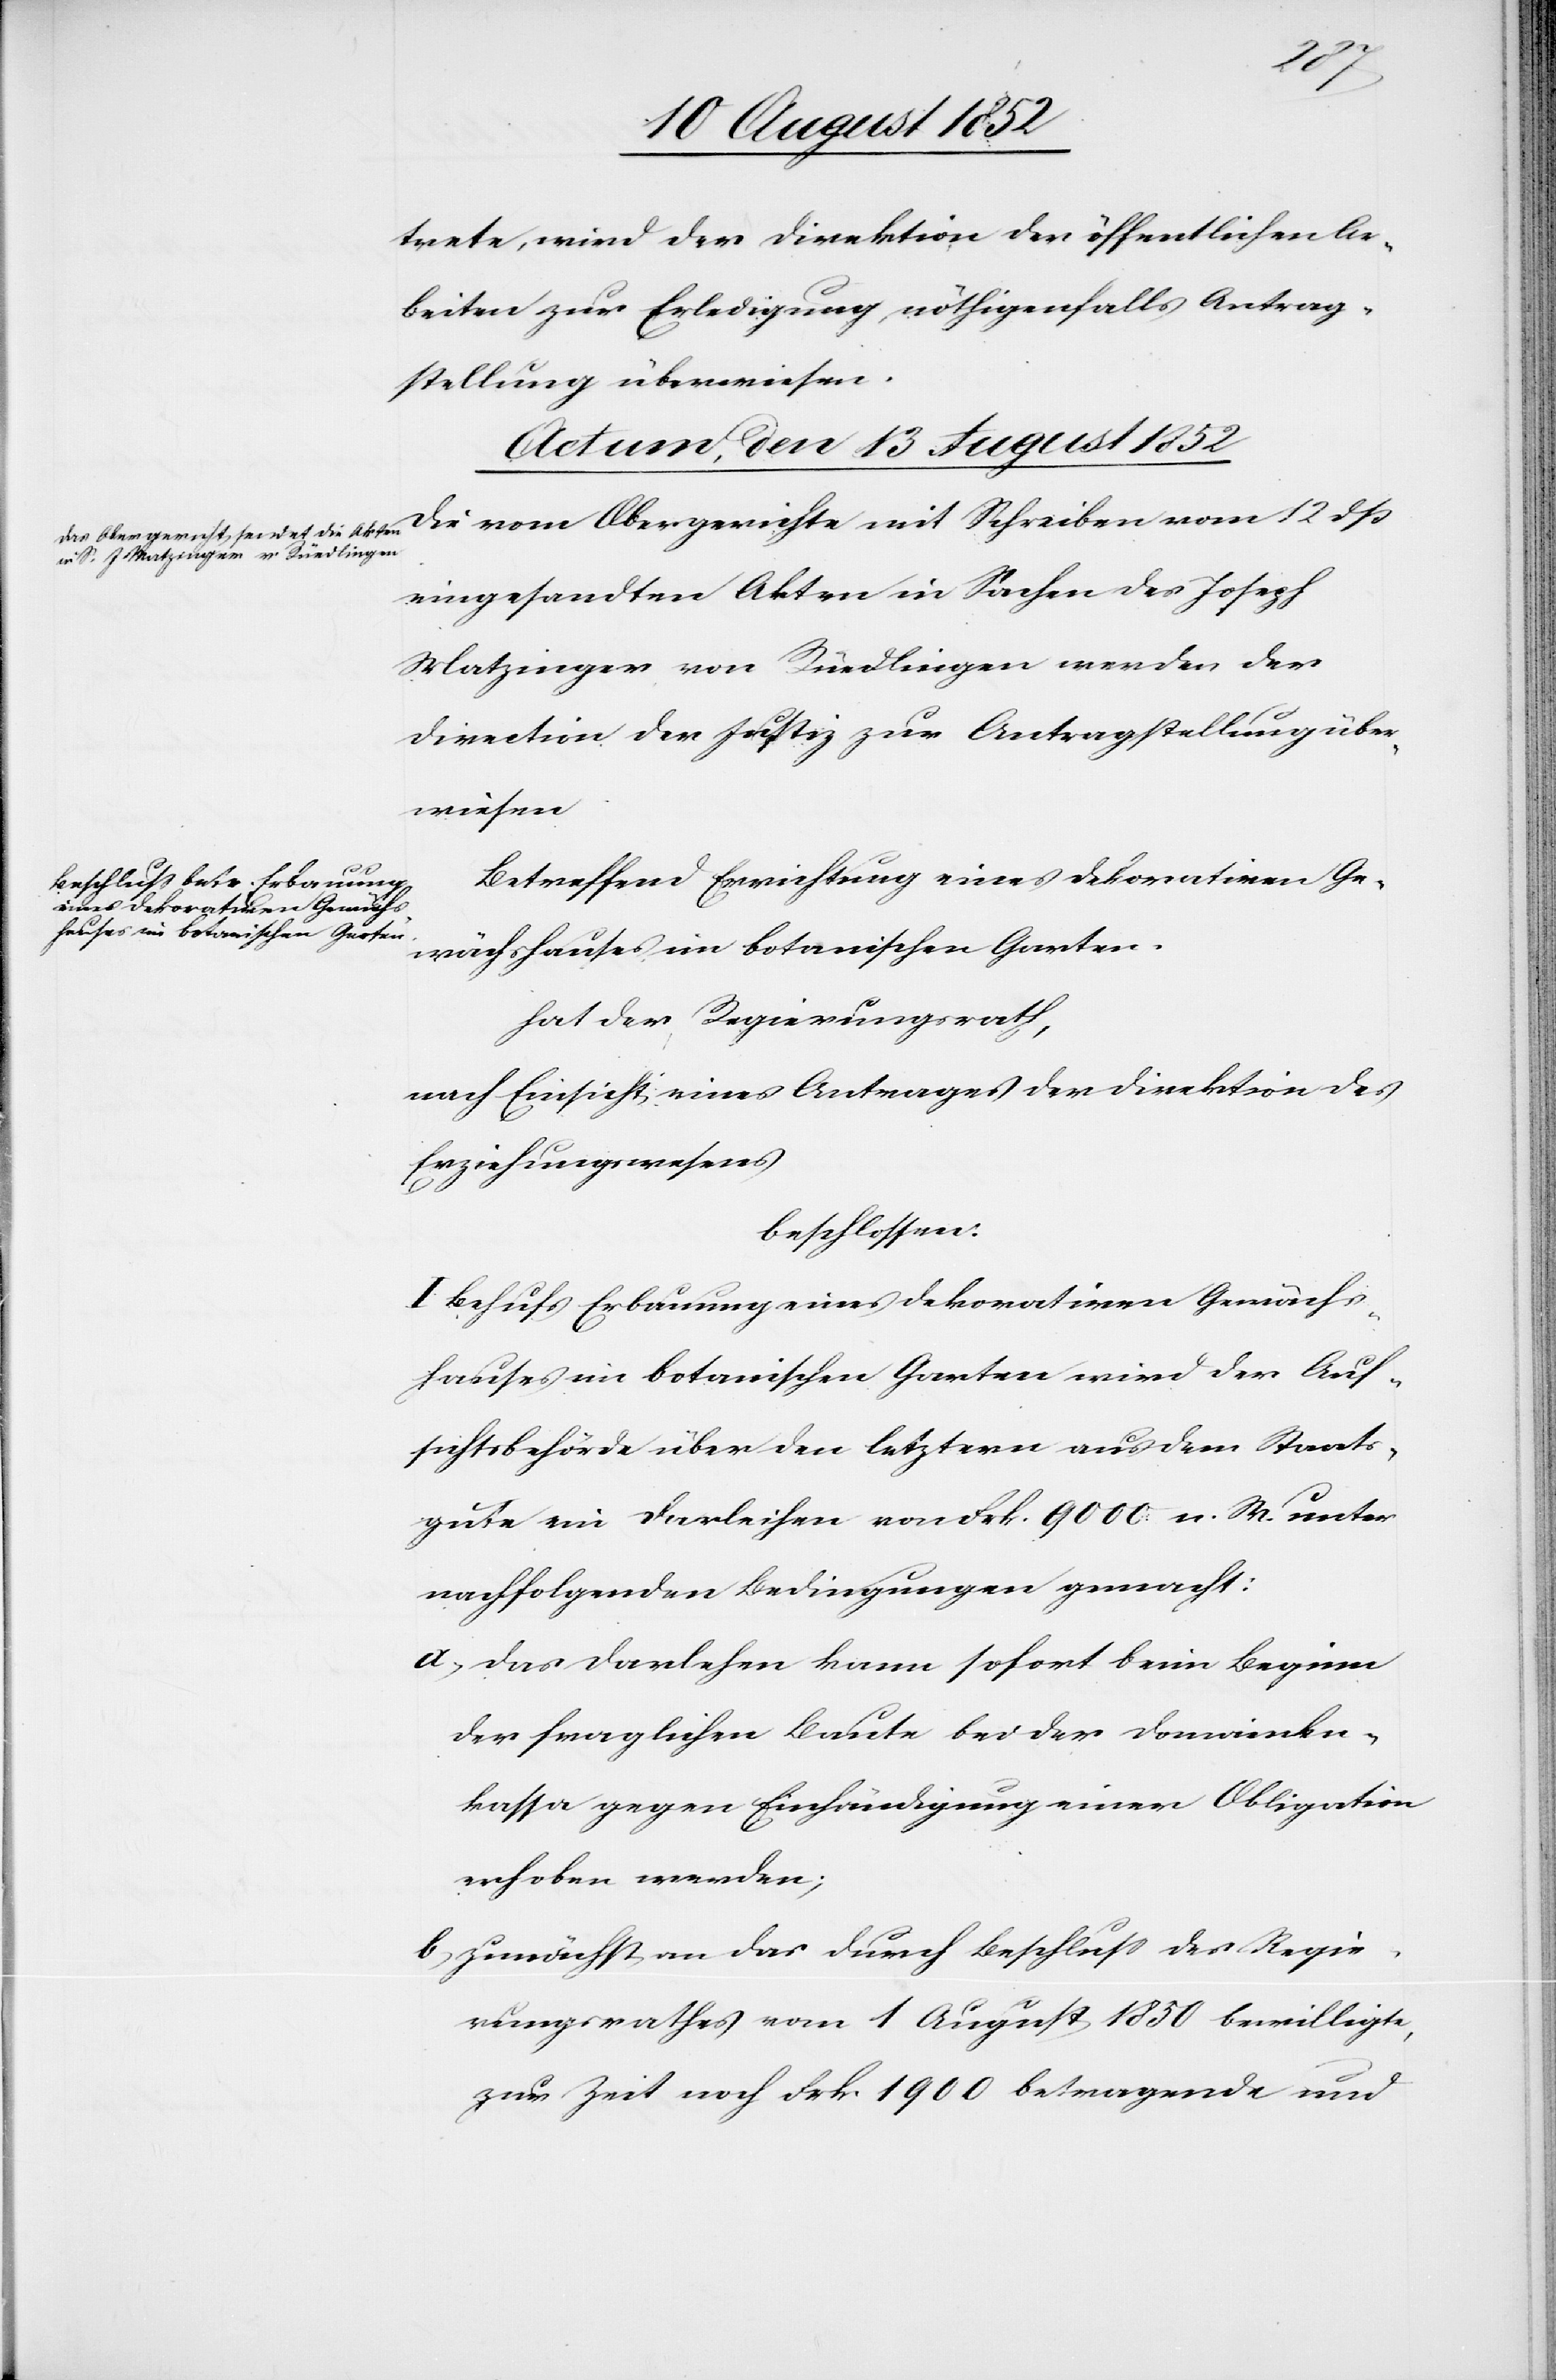
den
13 August 1852]
trete, wird der Direktion der öffentlichen Ar¬
beiten zur Erledigung, nöthigenfalls Antrag¬
stellung überwiesen.
Actum, den 13 August 1852
Die vom Obergerichte mit Schreiben vom 12 dß
eingesandten Akten in Sachen des Joseph
Matzinger von Rüedlingen werden der
Direction der Justiz zur Antragstellung über¬
wiesen[.]
Betreffend Errichtung eines dekorativen Ge¬
wächshauses im botanischen Garten,
hat der Regierungsrath,
nach Einsicht eines Antrages der Direktion des
Erziehungswesens
beschlossen:
I Behufs Erbauung eines dekorativen Gewächs¬
hauses im botanischen Garten wird der Auf¬
sichtsbehörde über den letztern aus dem Staats¬
gute ein Darleihen von Frk. 9000 n. W. unter
nachfolgenden Bedingungen gemacht:
das Darlehen kann sofort beim Beginn
der fraglichen Baute bei der Domainen¬
kassa gegen Einhändigung einer Obligation
erhoben werden;
zunächst an das durch Beschluss des Regie¬
rungsrathes vom 1 August 1850 bewilligte,
zur Zeit noch Frk. 1900 betragende und